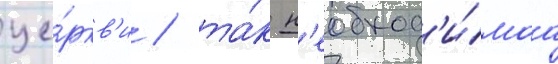
це́ркв'и / та́к н'еобход'и́маа